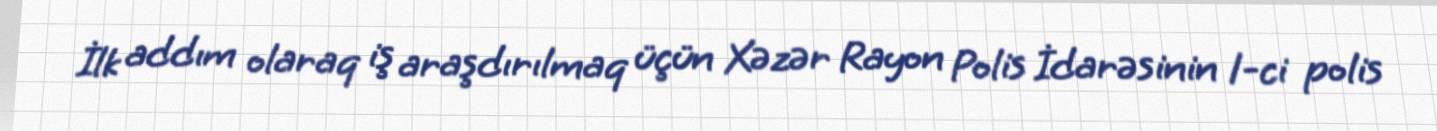
İlk addım olaraq iş araşdırılmaq üçün Xəzər Rayon Polis İdarəsinin 1-ci polis